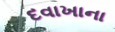
દવાખાના